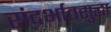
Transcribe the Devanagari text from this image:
संदर्भातसुद्धा